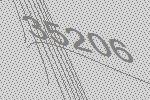
35206